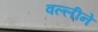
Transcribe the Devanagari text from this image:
वल्लीने